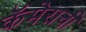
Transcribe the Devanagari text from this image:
कॅमेराची